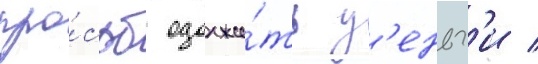
про́сьб одолжи́ть д'еньг'и /